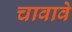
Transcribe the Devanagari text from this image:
चावावे